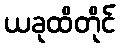
ယခုထိတိုင်